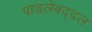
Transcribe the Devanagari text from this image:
पाडलेबद्दल